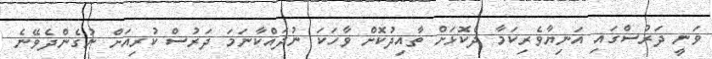
ވަނީ ދަރުސްގައި އަނިޔާވެރިކަމާ ދެކޮޅަށް ތާއިދުކޮށް ވާހަކަ ނުދައްކާނަމަ ދަރުސް ކުރިއަށް ނުގެންދެވޭނެ